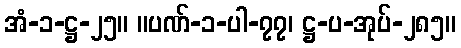
အံ-၁-ဋ္ဌ-၂၅။ ။ပဏ်-၁-ပါ-၇၇၊ ဋ္ဌ-ပ-အုပ်-၂၈၅။